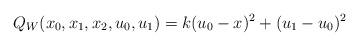
LaTeX: \begin{align*}Q_W(x_0,x_1, x_2, u_0, u_1) = k (u_0 - x)^2 + (u_1 - u_0)^2\end{align*}